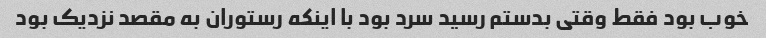
خوب بود فقط وقتی بدستم رسید سرد بود با اینکه رستوران به مقصد نزدیک بود